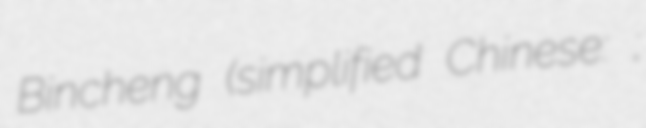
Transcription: Bincheng (simplified Chinese: 滨城区;